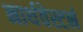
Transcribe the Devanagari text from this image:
नार्थवेस्टर्न